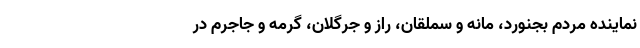
نماینده مردم بجنورد، مانه و سملقان، راز و جرگلان، گرمه و جاجرم در